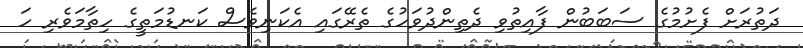
ދަތުރަށް ފެށުމުގެ ސަބަބުން ފާއިތުވި ދެތިންދުވަހުގެ ތެރޭގައި އެކަނިވެސް ކަނޑުމަތީގެ ހިތާމަވެރި ހަ